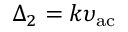
\Delta _ { 2 } = k \upsilon _ { \mathrm { a c } }